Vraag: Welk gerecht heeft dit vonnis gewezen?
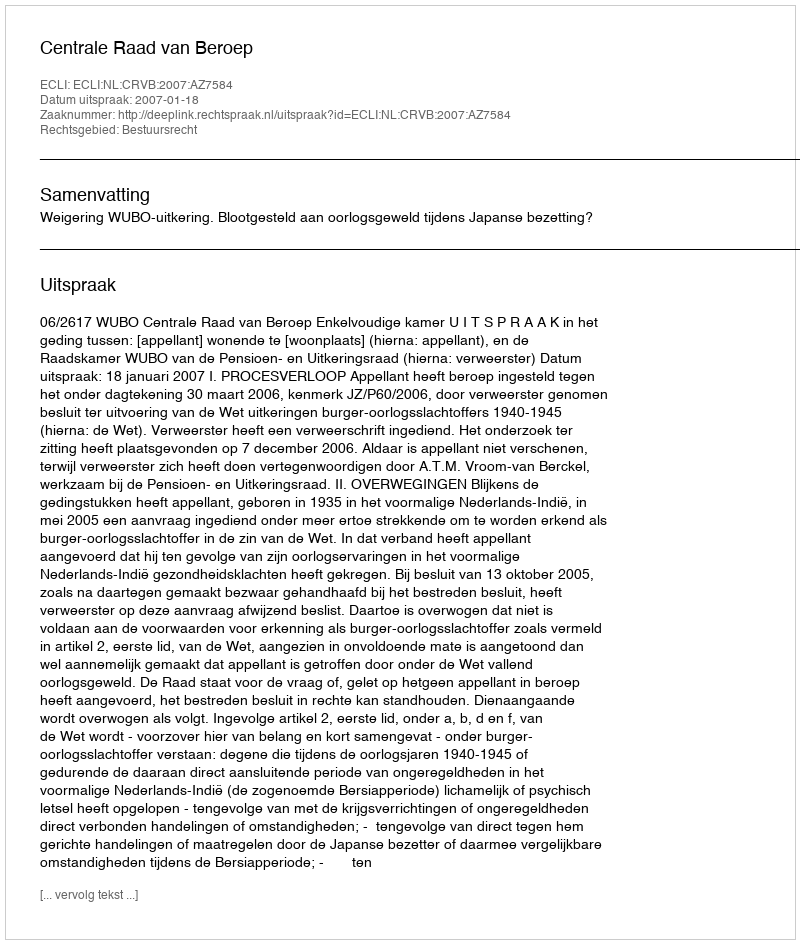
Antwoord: Centrale Raad van Beroep